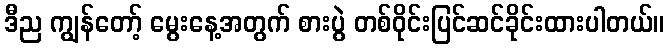
ဒီည ကျွန်တော့် မွေးနေ့အတွက် စားပွဲ တစ်ဝိုင်းပြင်ဆင်ခိုင်းထားပါတယ်။